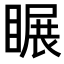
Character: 𥉲